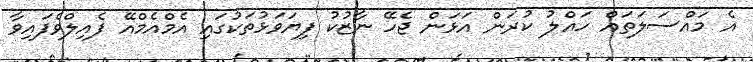
އެ މައްސަލަތައް ހައްލު ކުރަން އަޅަން ޖެހޭ ނާޒުކު ފިޔަވަޅުތަކުގައި އެމްއެމްއޭ ފެއިލްވެފައިވާ